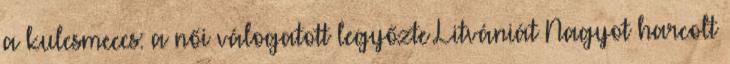
a kulcsmeccs: a női válogatott legyőzte Litvániát Nagyot harcolt